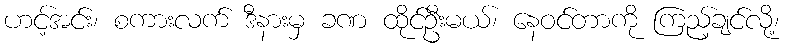
ဟင့်အင်း၊ စကားလက် ဒီနားမှ ခဏ ထိုင်ဦးမယ်၊ နေဝင်တာကို ကြည့်ချင်လို့၊